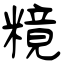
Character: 糡